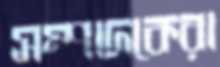
সম্পাদকেরা